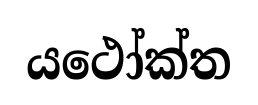
යථෝක්ත